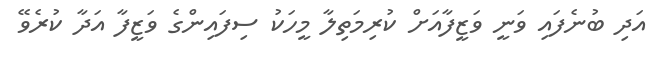
އަދި ބުނެފައި ވަނީ ވަޒީފާއަށް ކުރިމަތިލާ މީހަކު ސިފައިންގެ ވަޒީފާ އަދާ ކުރެވޭ